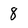
Character: 8